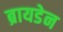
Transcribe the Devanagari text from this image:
ब्रायडेन